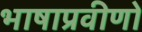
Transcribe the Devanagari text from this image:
भाषाप्रवीणों